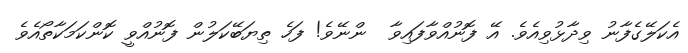
އެކަލޭގެފާނު ވިދާޅުވިއެވެ. އޭ ފޮނުއްވާފައިވާ  ންނޭވެ! ފަހެ ތިޔަބޭކަލުން ފޮނުއްވީ ކޮންކަމަކާތޯއެވެ